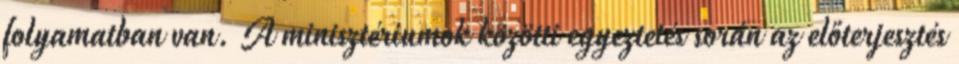
folyamatban van. A minisztériumok közötti egyeztetés során az előterjesztés